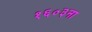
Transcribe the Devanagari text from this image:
१६०३ना